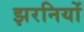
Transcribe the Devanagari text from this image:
झरनियों